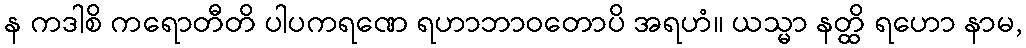
န ကဒါစိ ကရောတီတိ ပါပကရဏေ ရဟာဘာဝတောပိ အရဟံ။ ယသ္မာ နတ္ထိ ရဟော နာမ,